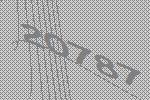
20787